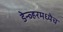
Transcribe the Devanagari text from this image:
डेन्व्हरमध्येच